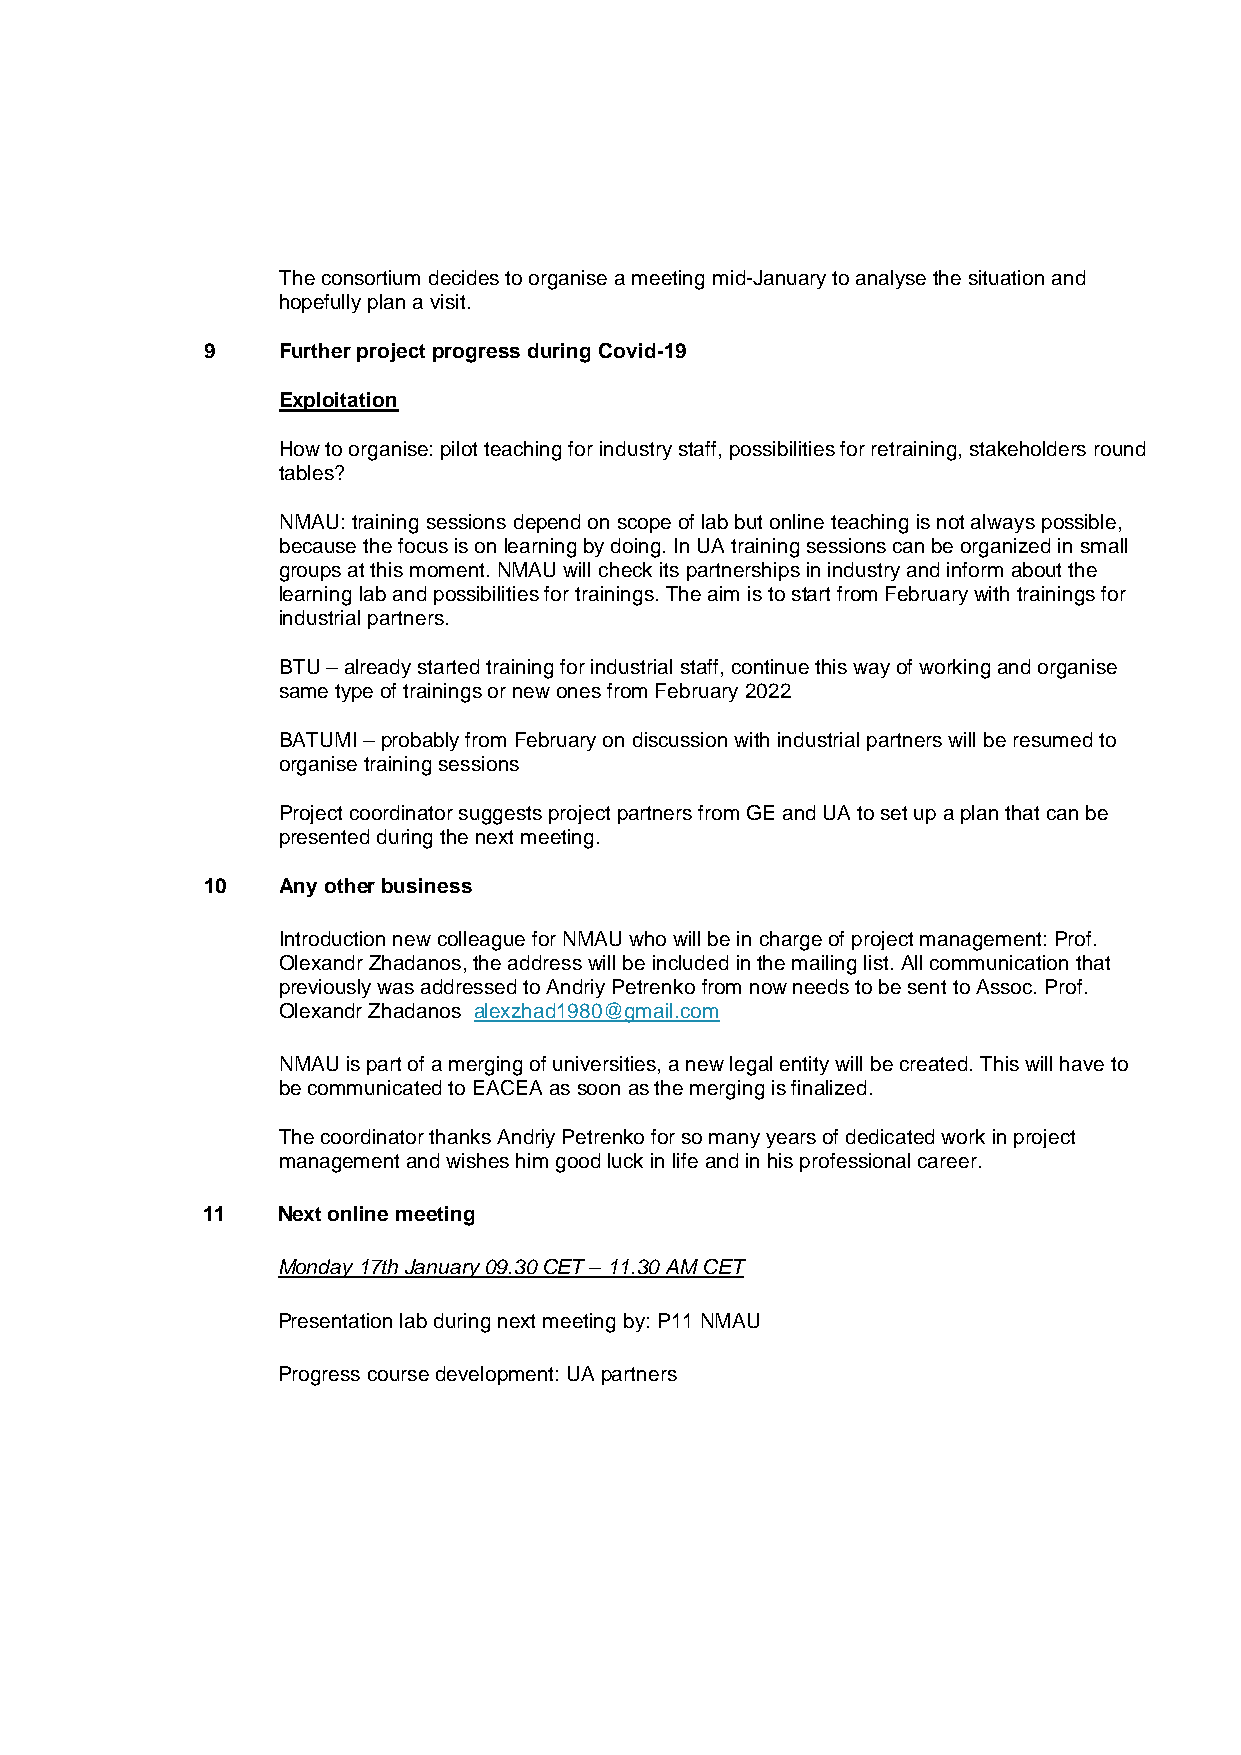
The consortium decides to organise a meeting mid-January to analyse the situation and
 hopefully plan a visit.
 9    Further project progress during Covid-19
 Exploitation
 How to organise: pilot teaching for industry staff, possibilities for retraining, stakeholders round
 tables?
 NMAU: training sessions depend on scope of lab but online teaching is not always possible,
 because the focus is on learning by doing. In UA training sessions can be organized in small
 groups at this moment. NMAU will check its partnerships in industry and inform about the
 learning lab and possibilities for trainings. The aim is to start from February with trainings for
 industrial partners.
 BTU – already started training for industrial staff, continue this way of working and organise
 same type of trainings or new ones from February 2022
 BATUMI – probably from February on discussion with industrial partners will be resumed to
 organise training sessions
 Project coordinator suggests project partners from GE and UA to set up a plan that can be
 presented during the next meeting.
 10   Any other business
 Introduction new colleague for NMAU who will be in charge of project management: Prof.
 Olexandr Zhadanos, the address will be included in the mailing list. All communication that
 previously was addressed to Andriy Petrenko from now needs to be sent to Assoc. Prof.
 Olexandr Zhadanos alexzhad1980@gmail.com
 NMAU is part of a merging of universities, a new legal entity will be created. This will have to
 be communicated to EACEA as soon as the merging is finalized.
 The coordinator thanks Andriy Petrenko for so many years of dedicated work in project
 management and wishes him good luck in life and in his professional career.
 11   Next online meeting
 Monday 17th January 09.30 CET – 11.30 AM CET
 Presentation lab during next meeting by: P11 NMAU
 Progress course development: UA partners